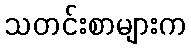
သတင်းစာများက